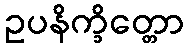
ဥပနိက္ခိတ္တော